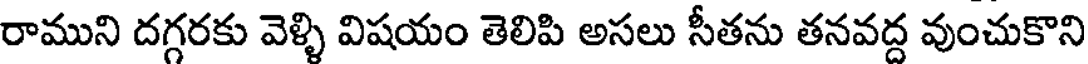
రాముని దగ్గరకు వెళ్ళి విషయం తెలిపి అసలు సీతను తనవద్ద వుంచుకొని